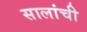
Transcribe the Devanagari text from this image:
सालांची